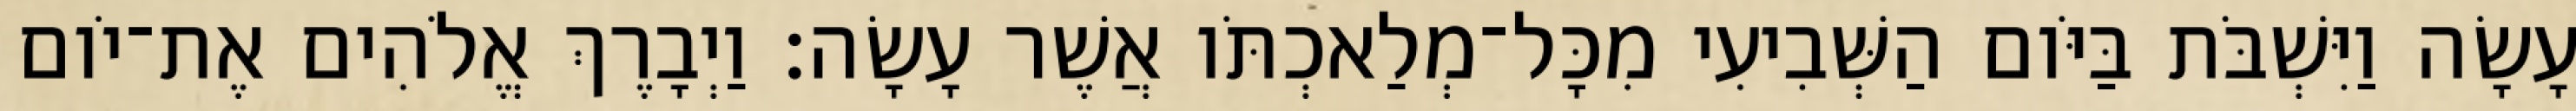
עָשָׂה וַיִּשְׁבֹּת בַּיֹּום הַשְּׁבִיעִי מִכָּל־מְלַאכְתֹּו אֲשֶׁר עָשָׂה׃ וַיְבָרֶךְ אֱלֹהִים אֶת־יֹום